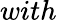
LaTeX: with